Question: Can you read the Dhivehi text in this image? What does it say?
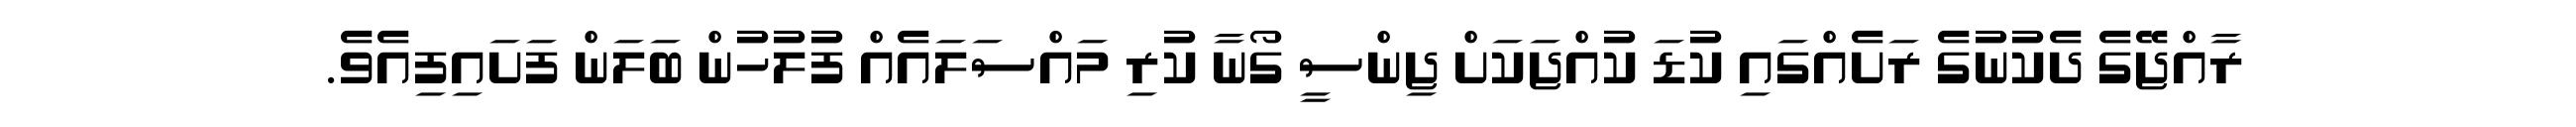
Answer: ރާއްޖޭގެ ދެކުނުގެ ރަށެއްގައި ކުޑަ ކުއްޖަކަށް ޖިންސީ ގޯނާ ކުރި މައްސަލައެއް ފުލުހުން ބަލަން ފަށައިފިއެވެ.